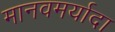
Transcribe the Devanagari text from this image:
मानवमर्यादा